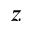
z